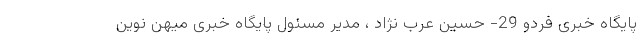
پایگاه خبری فردو 29- حسین عرب نژاد ، مدیر مسئول پایگاه خبری میهن نوین